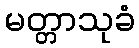
မတ္တာသုခံ